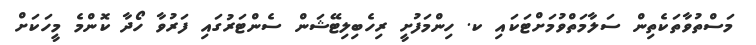
މަސްތުވާތަކެތިން ސަލާމަތްވުމަށްޓަކައި ކ. ހިންމަފުށީ ރިހެބިލިޓޭޝަން ސެންޓަރުގައި ފަރުވާ ހޯދާ ކޮންމެ މީހަކަށް